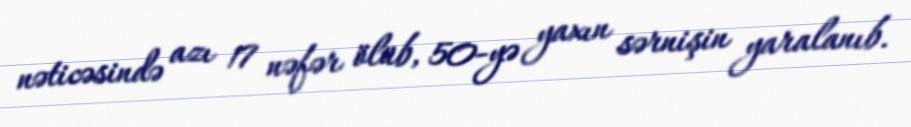
nəticəsində azı 17 nəfər ölüb, 50-yə yaxın sərnişin yaralanıb.